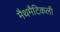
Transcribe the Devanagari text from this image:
मैथमैटिकली